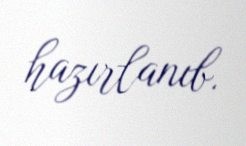
hazırlanıb.